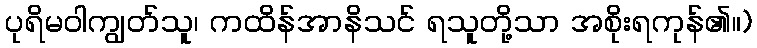
ပုရိမဝါကျွတ်သူ၊ ကထိန်အာနိသင် ရသူတို့သာ အစိုးရကုန်၏။)